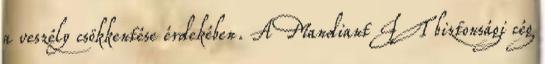
a veszély csökkentése érdekében. A Mandiant IT biztonsági cég